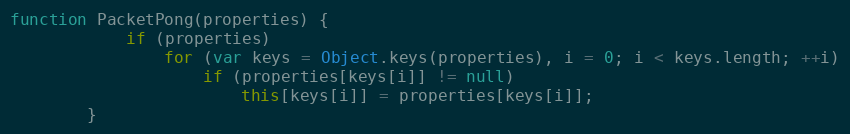
Language: JavaScript
function PacketPong(properties) {
			if (properties)
				for (var keys = Object.keys(properties), i = 0; i < keys.length; ++i)
					if (properties[keys[i]] != null)
						this[keys[i]] = properties[keys[i]];
		}